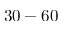
3 0 - 6 0